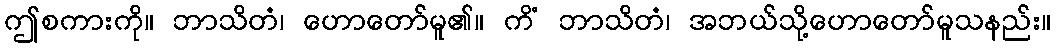
ဤစကားကို။ ဘာသိတံ၊ ဟောတော်မူ၏။ ကိံ ဘာသိတံ၊ အဘယ်သို့ဟောတော်မူသနည်း။